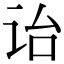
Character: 诒